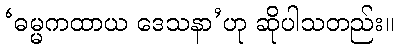
‘ဓမ္မကထာယ ဒေသနာ’ဟု ဆိုပါသတည်း။